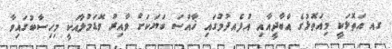
ގއ އަތޮޅަކީ މިއަތޮޅުގެ އާބާދީއާއި އުފެއދުމުގައި ޚާއްސަ ބަޔަކަށް ވާއިރު ވޮޑަމުލާއަކީ މިހިސާބުގައިވާ